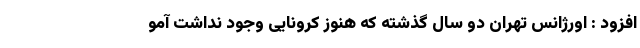
افزود : اورژانس تهران دو سال گذشته که هنوز کرونایی وجود نداشت آمو